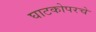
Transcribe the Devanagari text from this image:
घाटकोपरचे